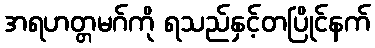
အရဟတ္တမဂ်ကို ရသည်နှင့်တပြိုင်နက်